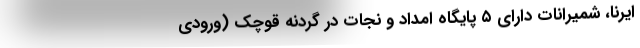
ایرنا، شمیرانات دارای ۵ پایگاه امداد و نجات در گردنه قوچک (ورودی